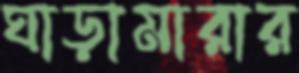
ঘাড়ামারার